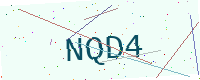
Text: NQD4